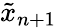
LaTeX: \tilde{x}_{n+1}